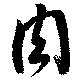
肉